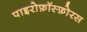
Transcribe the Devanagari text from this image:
पाइरोफ़ॉस्फ़ोरस